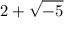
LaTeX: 2 + { \sqrt { - 5 } }